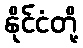
နိုင်ငံတို့